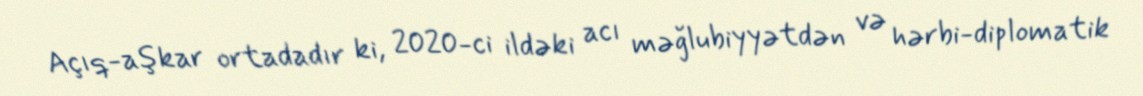
Açıq-aşkar ortadadır ki, 2020-ci ildəki acı məğlubiyyətdən və hərbi-diplomatik